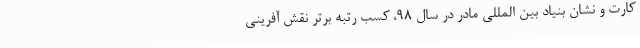
کارت و نشان بنیاد بین المللی مادر در سال 98، کسب رتبه برتر نقش آفرینی